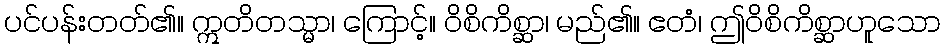
ပင်ပန်းတတ်၏။ ဣတိတသ္မာ၊ ကြောင့်။ ဝိစိကိစ္ဆာ၊ မည်၏။ ဧတံ၊ ဤဝိစိကိစ္ဆာဟူသော